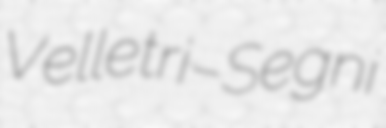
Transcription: Velletri–Segni